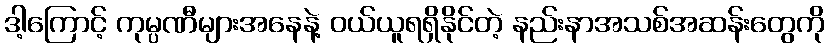
ဒါ့ကြောင့် ကုမ္ပဏီများအနေနဲ့ ဝယ်ယူရရှိနိုင်တဲ့ နည်းနာအသစ်အဆန်းတွေကို